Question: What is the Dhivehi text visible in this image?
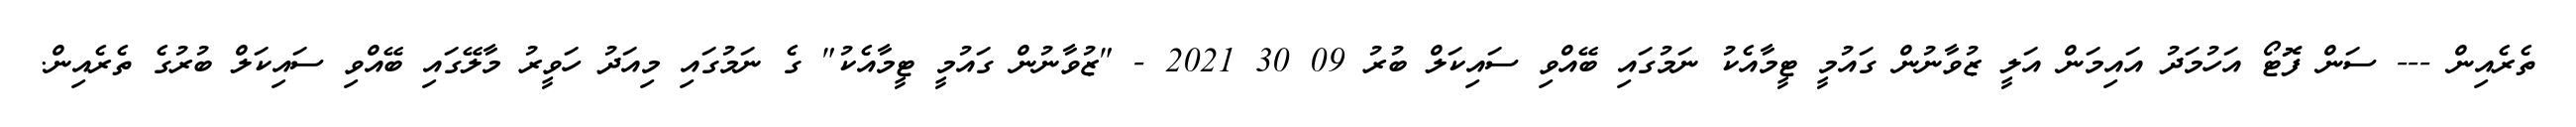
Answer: ތެރެއިން --- ސަން ފޮޓޯ އަހުމަދު އައިމަން އަލީ ޒުވާނުން ގައުމީ ޓީމާއެކު ނަމުގައި ބޭއްވި ސައިކަލް ބުރު 09 30 2021 - "ޒުވާނުން ގައުމީ ޓީމާއެކު" ގެ ނަމުގައި މިއަދު ހަވީރު މާލޭގައި ބޭއްވި ސައިކަލް ބުރުގެ ތެރެއިން.